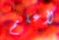
لأعلم